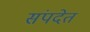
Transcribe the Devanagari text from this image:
संपदेत